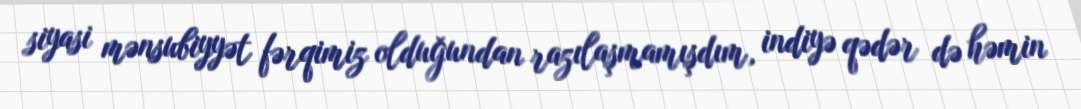
siyasi mənsubiyyət fərqimiz olduğundan razılaşmamışdım, indiyə qədər də həmin